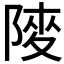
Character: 𨺶